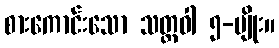
စားကောင်းသော သတ္တဝါ ၅-မျိုး။